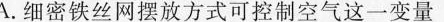
A.细密铁丝网摆放方式可控制空气这一变量